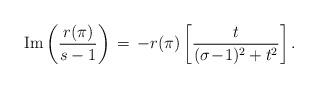
LaTeX: \begin{align*}\mathrm{Im} \left(\frac{r(\pi)}{s-1}\right) \, = \, -r(\pi)\left[\frac{t}{(\sigma \!-\! 1)^2 + t^2}\right].\end{align*}